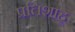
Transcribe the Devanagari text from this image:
प्रतिशाहू